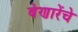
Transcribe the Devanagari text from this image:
बेणारेंचे